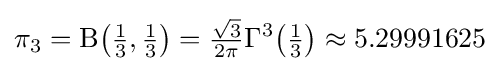
\pi _{3}=\mathrm {B} {\bigl (}{\tfrac {1}{3}},{\tfrac {1}{3}}{\bigr )}={\tfrac {\sqrt {3}}{2\pi }}\Gamma ^{3}{\bigl (}{\tfrac {1}{3}}{\bigr )}\approx 5.29991625